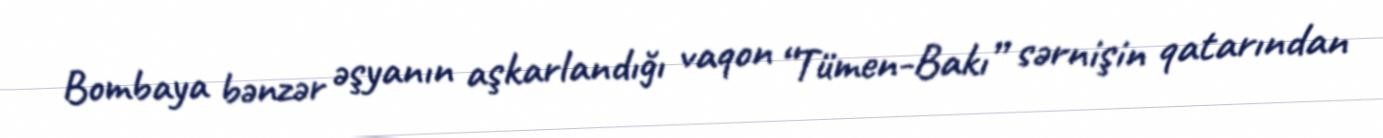
Bombaya bənzər əşyanın aşkarlandığı vaqon “Tümen-Bakı” sərnişin qatarından